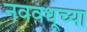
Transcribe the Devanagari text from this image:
नववधूच्या